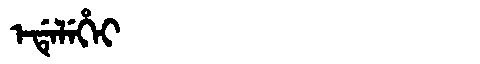
Manchu: ᡝᡩᡝᠯᡝᡥᡝᡳ
Romanization: EDELEHEI